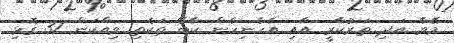
މޭވާ އަދި ތަރުކާރީ އާއި އެހެނިހެން ކާބޯ ތަކެތި ވިއްކަން 37 ގޮޅި